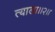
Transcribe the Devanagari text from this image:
त्याला।।२।।